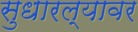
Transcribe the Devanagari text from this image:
सुधारल्यावर